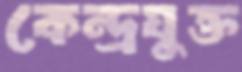
কেন্দ্রযুক্ত